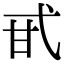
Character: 甙